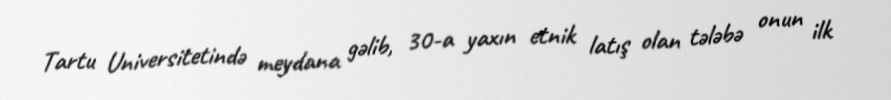
Tartu Universitetində meydana gəlib, 30-a yaxın etnik latış olan tələbə onun ilk